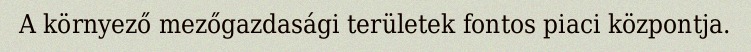
A környező mezőgazdasági területek fontos piaci központja.